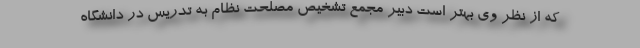
که از نظر وی بهتر است دبیر مجمع تشخیص مصلحت نظام به تدریس در دانشگاه